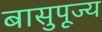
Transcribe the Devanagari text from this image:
बासुपूज्य